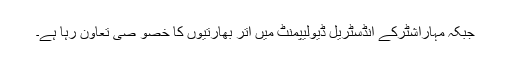
جبکہ مہاراشٹرکے انڈسٹریل ڈیولیپمنٹ میں اتر بھارتیوں کا خصو صی تعاون رہا ہے۔